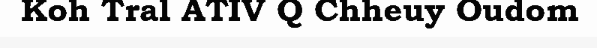
Koh Tral ATIV Q Chheuy Oudom